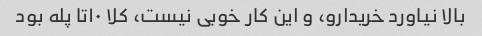
بالا نیاورد خریدارو، و این کار خوبی نیست، کلا ۱۰تا پله بود